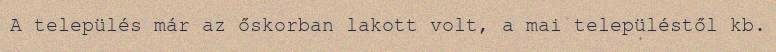
A település már az őskorban lakott volt, a mai településtől kb.